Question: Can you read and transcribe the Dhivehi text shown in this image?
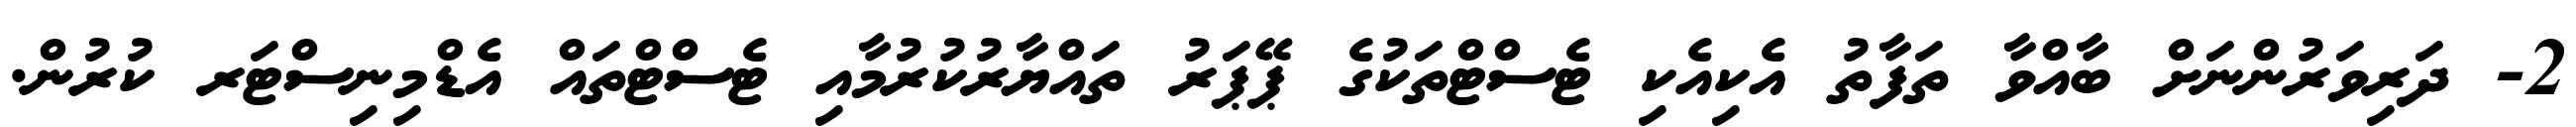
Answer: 2- ދަރިވަރުންނަށް ބާއްވާ ތަފާތު އެކިއެކި ޓެސްޓްތަކުގެ ޕޭޕަރު ތައްޔާރުކުރުމާއި ޓެސްޓްތައް އެޑްމިނިސްޓަރ ކުރުން.